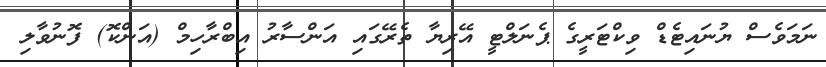
ނަމަވެސް ޔުނައިޓެޑް ވިކްޓަރީގެ ޕެނަލްޓީ އޭރިޔާ ތެރޭގައި އަންސާރު އިބްރާހިމް (އަންކޮ) ފޮނުވާލި